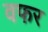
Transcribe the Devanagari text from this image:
वफर